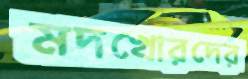
মদখোরদের